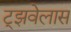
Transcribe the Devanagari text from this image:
ट्झवेलास